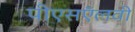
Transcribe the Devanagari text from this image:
पीएसऍलवी